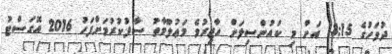
ދުވަހުގެ 13:15 އަށް މި ކައުންސިލަށް ހާޒިރުވެ މަޢުލޫމާތު ސާފުކުރުމަށްފަހު 2016 އޮގަސްޓު